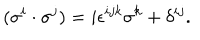
( \sigma ^ { i } \cdot \sigma ^ { j } ) = i \epsilon ^ { i j k } \sigma ^ { k } + \delta ^ { i j } .